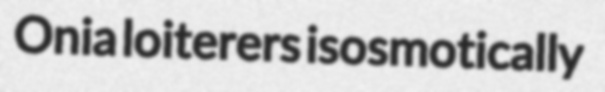
Onia loiterers isosmotically